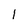
Character: 1